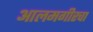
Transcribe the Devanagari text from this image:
आलमगीरचा